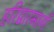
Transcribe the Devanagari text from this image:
हरिद्वारमार्गे